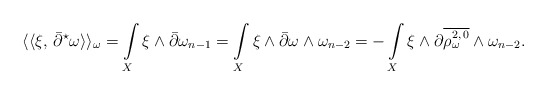
\begin{align*}\langle\langle \xi,\,\bar\partial^{\star}\omega\rangle\rangle_\omega= \int\limits_X \xi \wedge \bar\partial\omega_{n-1}= \int\limits_X \xi \wedge \bar\partial\omega \wedge \omega_{n-2}= -\int\limits_X \xi \wedge \partial\overline{\rho_\omega^{2,\,0}} \wedge \omega_{n-2}.\end{align*}